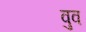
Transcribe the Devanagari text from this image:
वुव